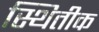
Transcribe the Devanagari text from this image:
स्थितीक